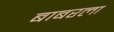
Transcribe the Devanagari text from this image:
बाबरला